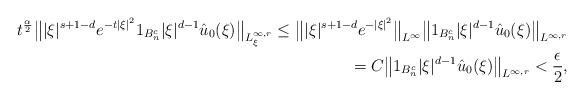
LaTeX: \begin{align*}t^{\frac{\alpha}{2}}\big\||\xi|^{s+1-d}e^{-t\left| \xi \right|^2}1_{B^c_n}|\xi|^{d-1}\hat u_0(\xi)\big\|_{L^{\infty, r}_\xi}\leq \big\||\xi|^{s+1-d}e^{-\left|\xi \right|^2}\big\|_{L^{\infty}}\big\|1_{B^c_n}|\xi|^{d-1}\hat u_0(\xi)\big\|_{L^{\infty, r}} \\= C\big\|1_{B^c_n}|\xi|^{d-1}\hat u_0(\xi)\big\|_{L^{\infty, r}} < \frac{\epsilon}{2}, \end{align*}